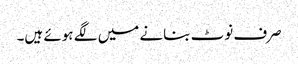
صرف نوٹ بنانے میں لگے ہوئے ہیں۔